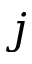
j